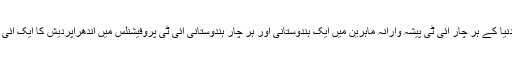
ان کا یہ بھی کہنا ہے کہ دنیا کے ہر چار آئی ٹی پیشہ وارانہ ماہرین میں ایک ہندوستانی اور ہر چار ہندوستانی آئی ٹی پروفیشنلس میں آندھراپردیش کا ایک آئی ٹی پیشہ ور ماہر ہوتا ہے۔